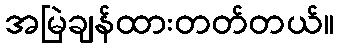
အမြဲချန်ထားတတ်တယ်။